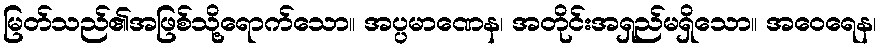
မြတ်သည်၏အဖြစ်သို့ရောက်သော။ အပ္ပမာဏေန၊ အတိုင်းအရှည်မရှိသော။ အဝေရေန၊